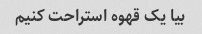
بیا یک قهوه استراحت کنیم